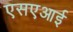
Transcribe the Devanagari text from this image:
एसएआई